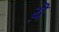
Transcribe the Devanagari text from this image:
य़ॆ